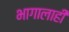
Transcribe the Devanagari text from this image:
भागालाही